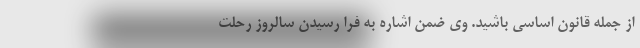
از جمله قانون اساسی باشید. وی ضمن اشاره به فرا رسیدن سالروز رحلت